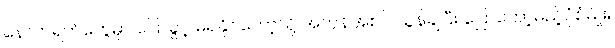
နောက်ရက်တွေမှာ ပြောခွင့် မရနိုင်တော့လို့ အကုန်အစင် သွန်ချပြီး ပြောတော့မည့်ပုံစံမျိုး။